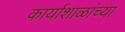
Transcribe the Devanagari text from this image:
कार्याशाळांच्या